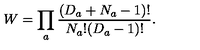
W = \prod _ { a } \frac { ( D _ { a } + N _ { a } - 1 ) ! } { N _ { a } ! ( D _ { a } - 1 ) ! } .